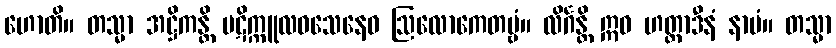
ဟောတိ။ တသ္မာ အဋ္ဌိကန္တိ ပဋိက္ကူလဝသေနေဝ ဩလောကေတဗ္ဗံ။ လိင်္ဂန္တိ ဣဓ ဟတ္ထာဒီနံ နာမံ။ တသ္မာ